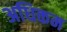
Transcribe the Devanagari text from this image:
अधिकम